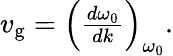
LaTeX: \begin{array}{r}{v_{\mathrm{g}}=\left(\frac{d\omega_{0}}{dk}\right)_{\omega_{0}}.}\end{array}